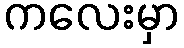
ကလေးမှာ